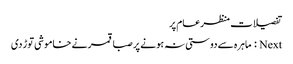
تفصیلات منظرعام پر
Next : ماہرہ سے دوستی نہ ہونے پر صبا قمر نے خاموشی توڑ دی